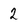
Character: 2